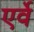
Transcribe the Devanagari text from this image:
एर्वे